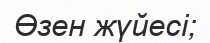
Өзен жүйесі;